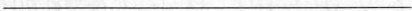
___